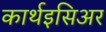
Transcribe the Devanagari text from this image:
कार्थइसिअर